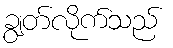
ချွတ်လိုက်သည်